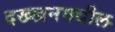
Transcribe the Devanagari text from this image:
दख्खनमधील